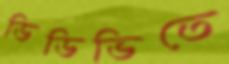
ডিডিভিতে